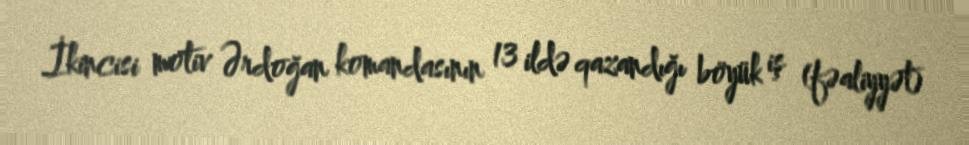
İkincisi motiv Ərdoğan komandasının 13 ildə qazandığı böyük iş (fəaliyyət)